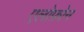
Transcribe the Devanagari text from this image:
एलोफ़ोन